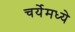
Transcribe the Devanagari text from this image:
चर्येमध्ये